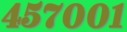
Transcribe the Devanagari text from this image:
४५७००१